Senior Leaving Certificate Examination (including Day School Certificate (Higher) General paper), 1946
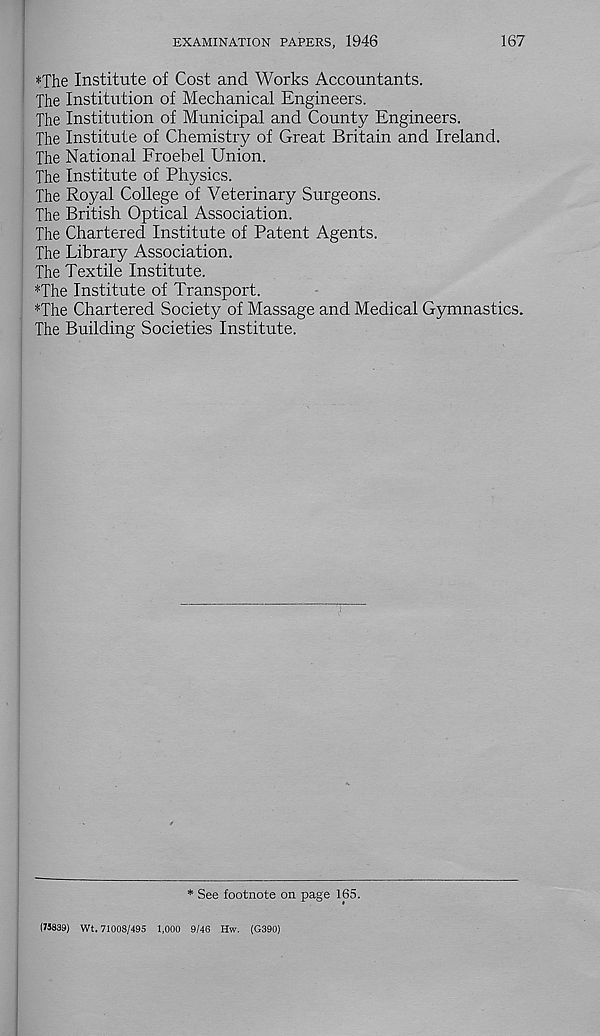
EXAMINATION PAPERS, 1946
167
*The Institute of Cost and Works Accountants.
The Institution of Mechanical Engineers.
The Institution of Municipal and County Engineers.
The Institute of Chemistry of Great Britain and Ireland.
The National Froebel Union.
The Institute of Physics.
The Royal College of Veterinary Surgeons.
The British Optical Association.
The Chartered Institute of Patent Agents.
The Library Association.
The Textile Institute.
*The Institute of Transport.
*The Chartered Society of Massage and Medical Gymnastics.
The Building Societies Institute.
* See footnote on page 165.
(73839) Wt. 71008/495 1,000 9/46 Hw. (G390)